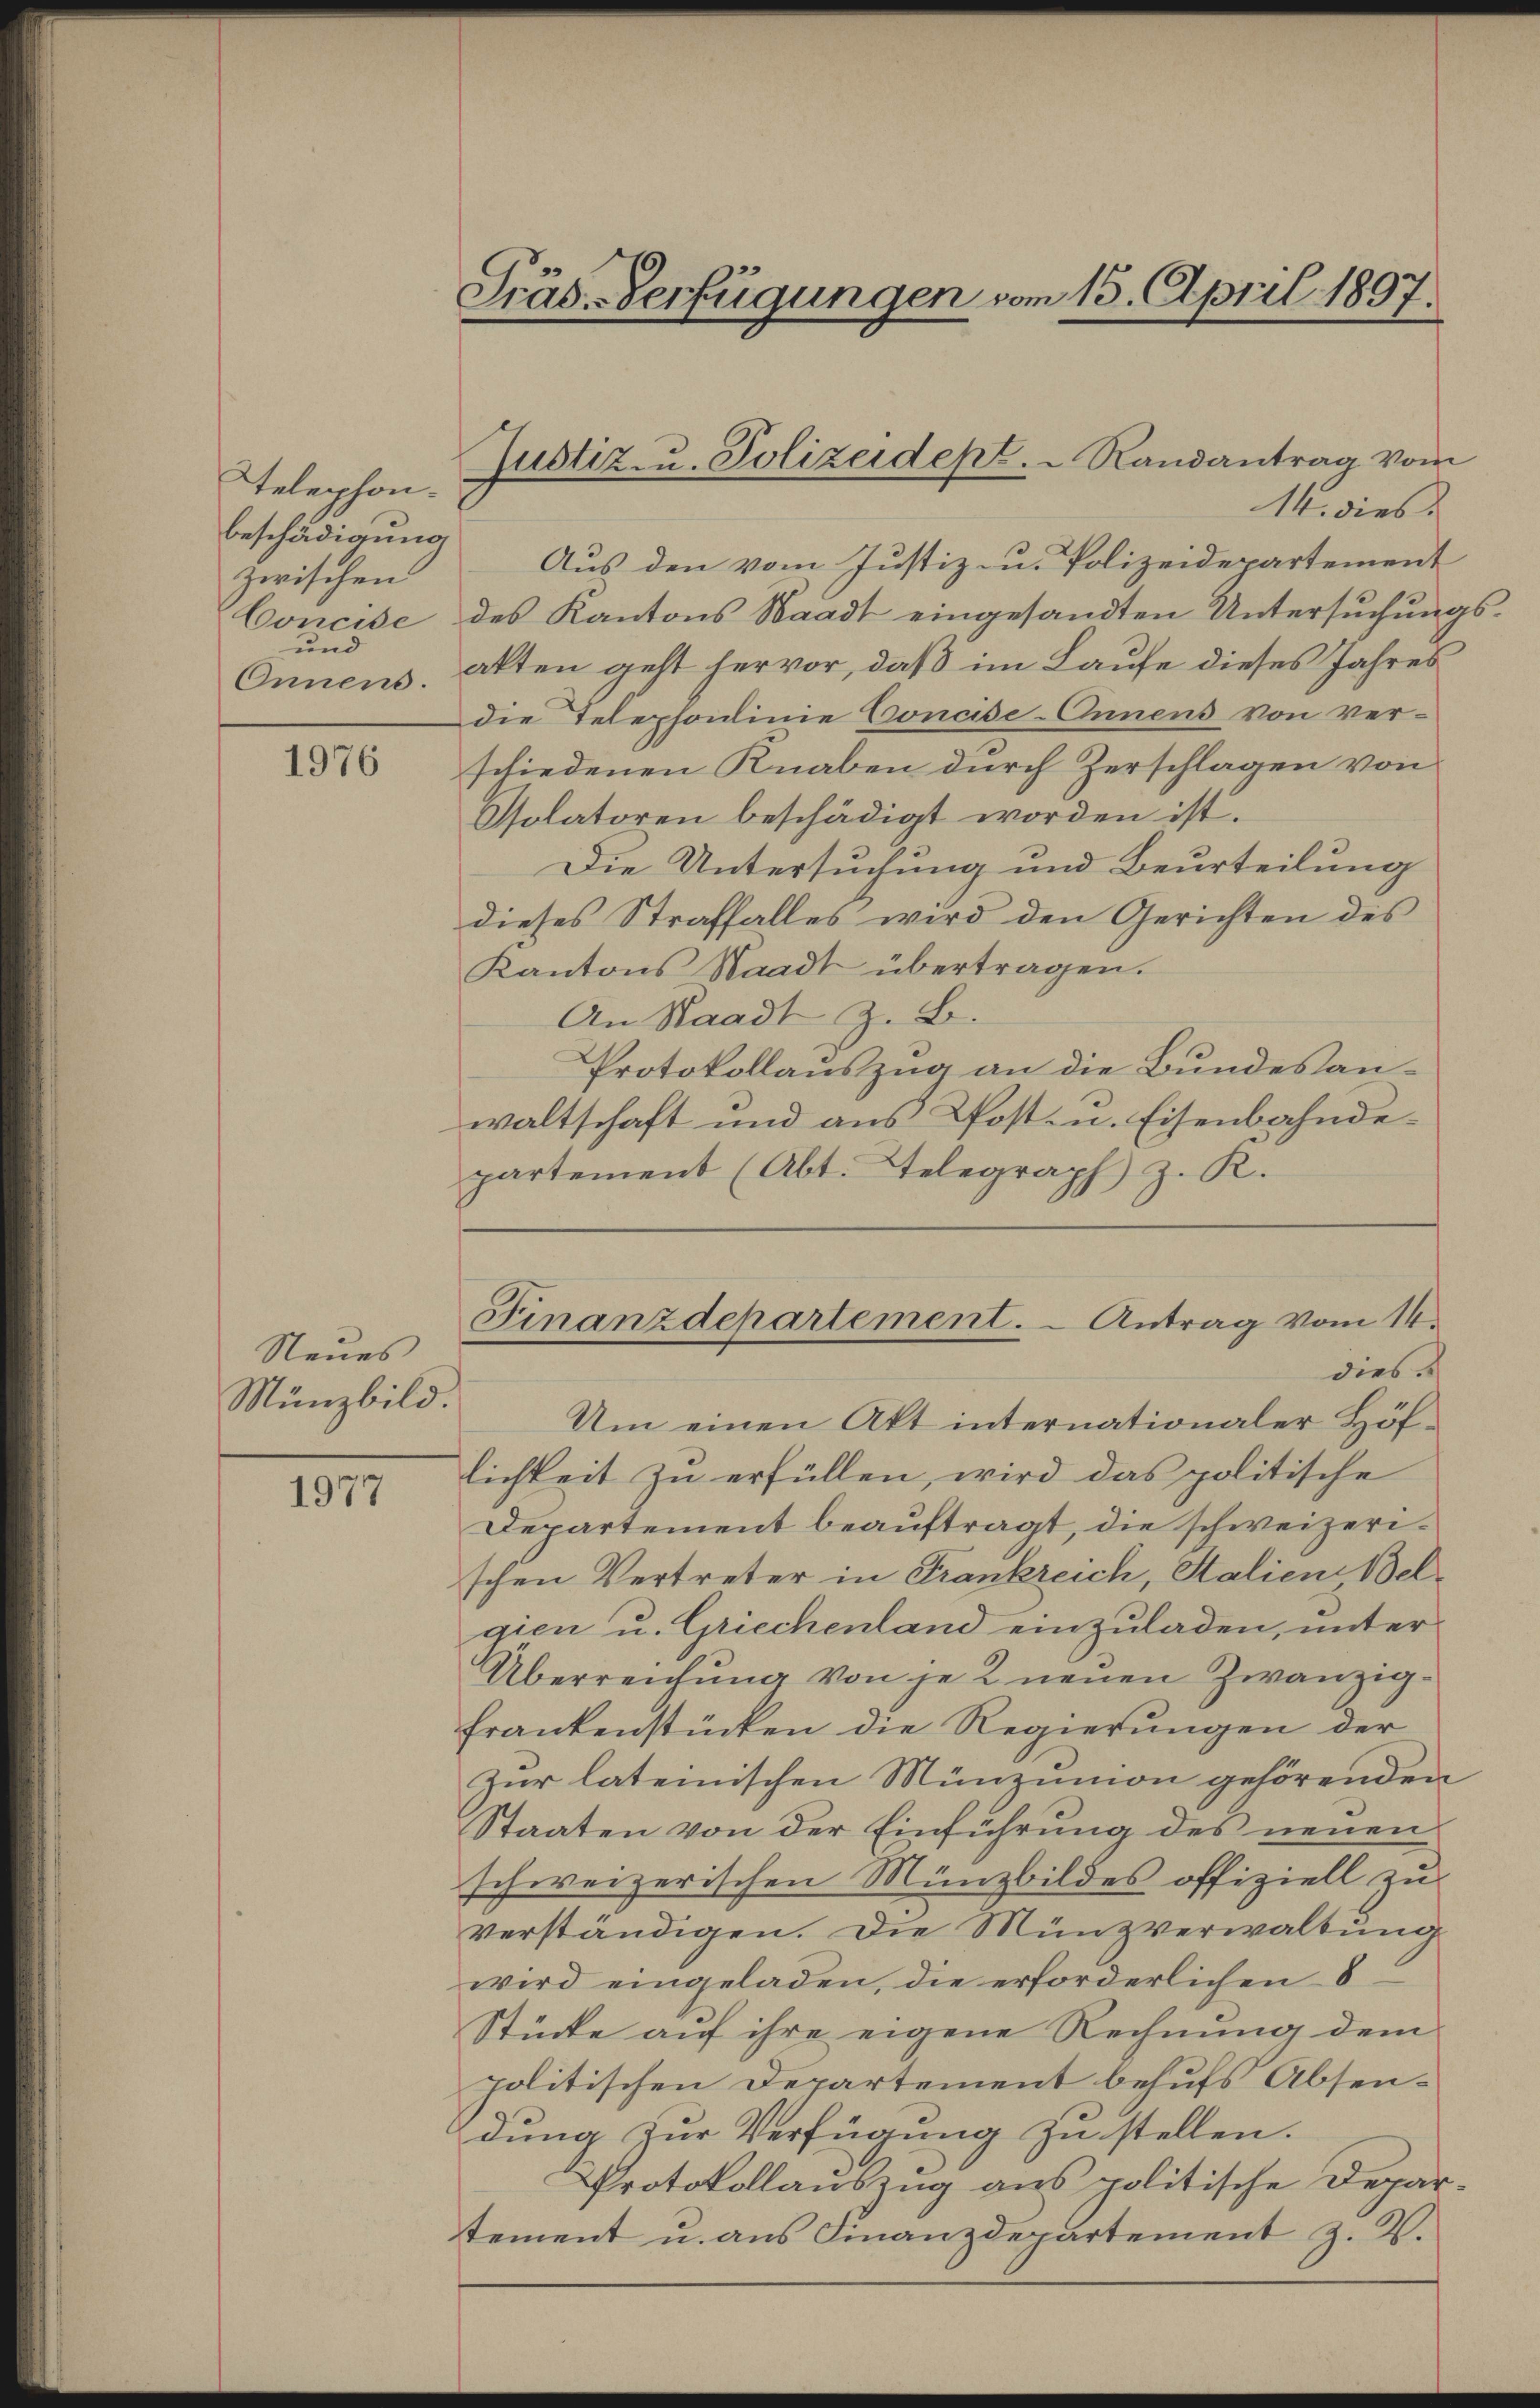
Telephon.
beschädigung
zwischen
und
Onnens.

1976

Neues
Münzbild.

1977

Präs. Verfügungen vom 15. April 1897.

Aus den vom Justiz- u. Polizeidepartement
Concise des Kantons Waadt eingesandten Untersŭchŭngs-
alten geht hervor, daß im Laufe dieses Jahres
die Telephonlinie Concise-Onnens von ver-
schiedenen Knaben durch Zerschlagen von
Isolatoren beschädigt worden ist.
Die Untersuchung und Beurteilung
dieses Straffalles wird den Gerichten des
Kantons Waadt übertragen.
An Staadt z. B.
Protokollauszug an die Bundesanwaltschaft und aus Post- u. Eisenbahndepartement (Abt. Telegraph z. K.

Justiz u. Polizeidept. Randantrag vom
14. dies

Finanzdepartement. - Antrag vom 14.
diese

Um einen Akt internationaler Höflichkeit zu erfüllen, wird das politische
Departement beauftragt, die schweizerischen Vertreter in Frankreich, Salien Belgien u. Griechenland einzuladen, unter
Überreichung von je 2 neuen Zwanzig¬
Frankenstücken die Regierungen der
Zur lateinischen Münzunion gehörenden
Staaten von der Einführung des neuen
schweizerischen Münzbildes offiziell zu
verständigen. Die Münzverwaltung
wird eingeladen, die erforderlichen 8
Stücke auf ihre eigene Rechnung dem
politischen Departement behufs Absendung zur Verfügung zu stellen.
Protokollauszug aus politische Depar-
tement u. aus Finanzdepartement z. B.